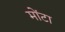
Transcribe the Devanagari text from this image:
मोंटा